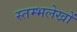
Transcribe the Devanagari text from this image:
स्तम्भलेखों